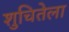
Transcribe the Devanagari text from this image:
शुचितेला